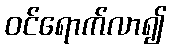
ဝင်ရောက်လာ၍